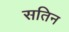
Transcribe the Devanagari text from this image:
सतिन